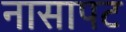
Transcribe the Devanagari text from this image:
नासापट